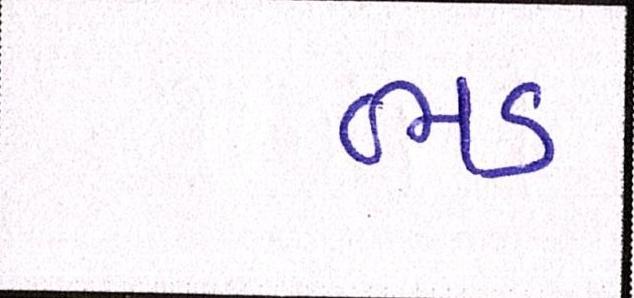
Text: ભડ